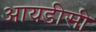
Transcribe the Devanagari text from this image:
आयडीसी